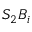
S _ { 2 } B _ { i }